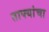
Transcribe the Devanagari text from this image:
ताफ्यांचा